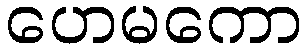
ဟေမကော